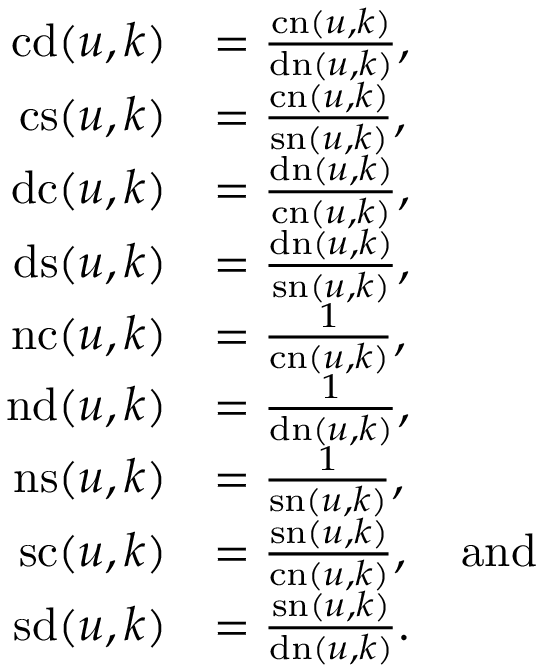
\begin{array} { r l } { \mathrm { c d } ( u , k ) } & { = \frac { \mathrm { c n } ( u , k ) } { \mathrm { d n } ( u , k ) } , } \\ { \mathrm { c s } ( u , k ) } & { = \frac { \mathrm { c n } ( u , k ) } { \mathrm { s n } ( u , k ) } , } \\ { \mathrm { d c } ( u , k ) } & { = \frac { \mathrm { d n } ( u , k ) } { \mathrm { c n } ( u , k ) } , } \\ { \mathrm { d s } ( u , k ) } & { = \frac { \mathrm { d n } ( u , k ) } { \mathrm { s n } ( u , k ) } , } \\ { \mathrm { n c } ( u , k ) } & { = \frac { 1 } { \mathrm { c n } ( u , k ) } , } \\ { \mathrm { n d } ( u , k ) } & { = \frac { 1 } { \mathrm { d n } ( u , k ) } , } \\ { \mathrm { n s } ( u , k ) } & { = \frac { 1 } { \mathrm { s n } ( u , k ) } , } \\ { \mathrm { s c } ( u , k ) } & { = \frac { \mathrm { s n } ( u , k ) } { \mathrm { c n } ( u , k ) } , \ \ \ \mathrm { a n d } } \\ { \mathrm { s d } ( u , k ) } & { = \frac { \mathrm { s n } ( u , k ) } { \mathrm { d n } ( u , k ) } . } \end{array}